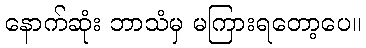
နောက်ဆုံး ဘာသံမှ မကြားရတော့ပေ။